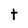
Character: t